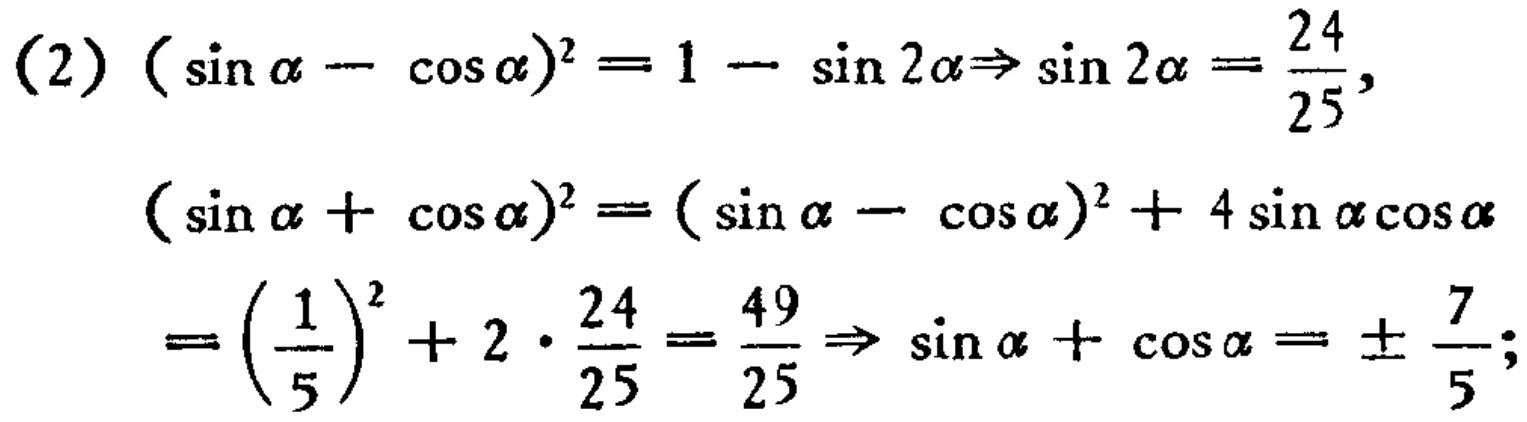
(2) \((\sin\alpha - \cos\alpha)^2 = 1 - \sin2\alpha\Rightarrow\sin2\alpha=\frac{24}{25},\)

\((\sin\alpha+\cos\alpha)^2 = (\sin\alpha - \cos\alpha)^2 + 4\sin\alpha\cos\alpha\)

\(=(\frac{1}{5})^2 + 2\cdot\frac{24}{25}=\frac{49}{25}\Rightarrow\sin\alpha+\cos\alpha=\pm\frac{7}{5};\)